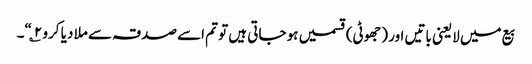
بیع میں لایعنی باتیں اور (جھوٹی) قسمیں ہو جاتی ہیں تو تم اسے صدقہ سے ملا دیا کرو ۲؎“۔